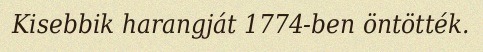
Kisebbik harangját 1774-ben öntötték.